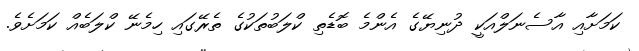
ކަމަށާއި އާސެނަލްއަކީ ދުނިޔޭގެ އެންމެ ބޮޑެތި ކްލަބުތަކުގެ ތެރޭގައި ހިމެނޭ ކްލަބެއް ކަމަށެވެ.